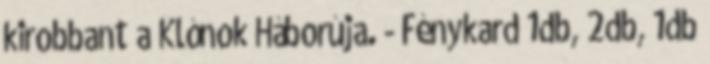
kirobbant a Klónok Háborúja. - Fénykard 1db, 2db, 1db